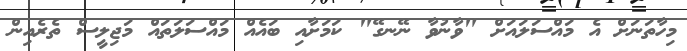
މިހާތަނަށް އެ މައްސަލައަށް "ވާނުވާ ނޭނގޭ" ކަމަށާއި ބައެއް މައްސަލަތައް މަޖިލީސް ތެރެއިން